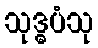
သုဒ္ဓပံသု